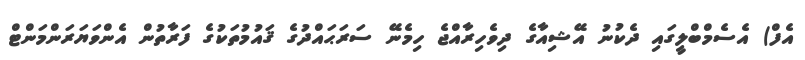
އެފް) އެސެމްބްލީގައި ދެކުނު އޭޝިއާގެ ދިވެހިރާއްޖެ ހިމެނޭ ސަރަޙައްދުގެ ޤައުމުތަކުގެ ފަރާތުން އެންވަޔަރަންމަންޓް